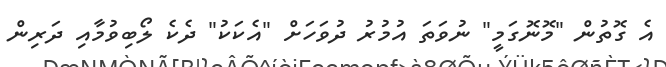
އެ ގޮތުން "މޮނޮގަމީ" ނުވަތަ އުމުރު ދުވަހަަށް "އެކަކު" ދެކެ ލޯބިވުމާއި ދަރިން